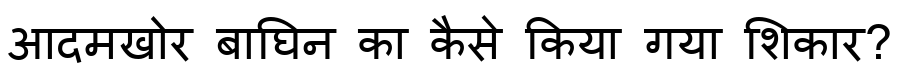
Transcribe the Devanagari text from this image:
आदमखोर बाघिन का कैसे किया गया शिकार?